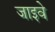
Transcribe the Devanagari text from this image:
जाइवे